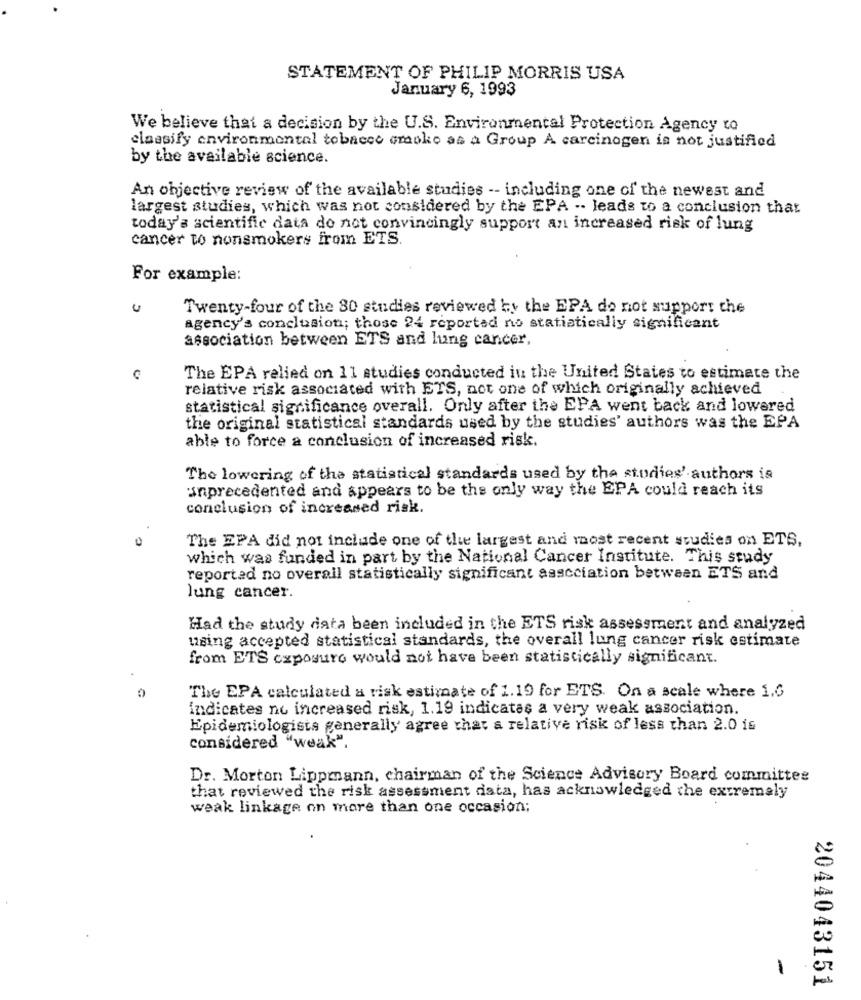
STATEMENT OF PHILIP MORRIS USA
January 6, 1993
We believe that a decision by the U.S. Environmental Protection Agency to
classify environmental tobacco cmoko as a Group A carcinogen is not justified
by the available science.
An objective review of the available studies -- including one of the newest and
largest studies, which was not considered by the EPA -- leads to a conclusion that
today's scientific data do not convincingly support an increased risk of lung
cancer to nonsmokers from ETS.
For example:
C
Twenty-four of the 80 studies reviewed by the EPA do not support the
agency's conclusioni; those 24 reported no statistically significant
association between ETS and lung cancer,
The EPA relied on 11 studies conducted in the United States to estimate the
relative risk associated with ETS, not one of which originally achieved
statistical significance overall. Only after the EPA went back and lowered
the original statistical standards used by the studies' authors was the EPA
able to force a conclusion of increased risk.
The lowering of the statistical standards used by the studies' authors is
unprecedented and appears to be the only way the EPA could reach its
conclusion of increased risk.
The EPA did not include one of the largest and most recent studies on ETS,
which was funded in part by the National Cancer Institute. This study
reported no overall statistically significant association between ETS and
lung cancer.
Had the study data been included in the ETS risk assessment and analyzed
using accepted statistical standards, the overall lung cancer risk estimate
from ETS exposure would not have been statistically significant.
The EPA calculated a risk estimate of 1.19 for ETS. On a scale where 1.6
indicates no increased risk, 1.19 indicates a very weak association.
Epidemiologists generally agree that a relative risk of less than 2.0 is
considered "weak".
Dr. Morton Lippmann, chairman of the Science Advisory Board committee
that reviewed the risk assessment data, has acknowledged the extremaly
weak linkage on more than one occasion;
1
2044043151